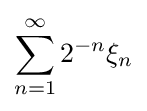
\sum _{n=1}^{\infty }2^{-n}\xi _{n}